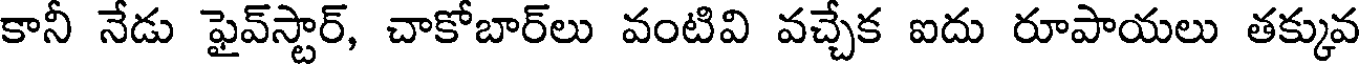
కానీ నేడు ఫైవ్స్టార్, చాకోబార్లు వంటివి వచ్చేక ఐదు రూపాయలు తక్కువ